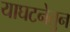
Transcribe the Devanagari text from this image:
याघटनेतुन